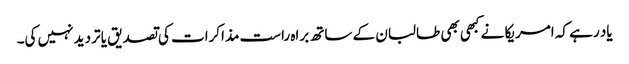
یاد رہے کہ امریکا نے کبھی بھی طالبان کے ساتھ براہ راست مذاکرات کی تصدیق یا تردید نہیں کی۔